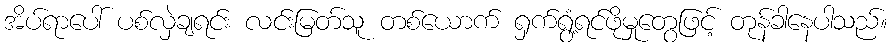
အိပ်ရာပေါ် ပစ်လှဲချရင်း လင်းမြတ်သူ တစ်ယောက် ရှက်ရွံ့ရင်ဖိုမှုတွေဖြင့် တုန်ခါနေပါသည်။